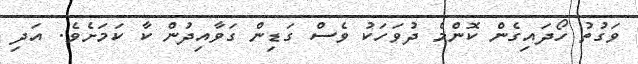
ވަގުތު ހޯދައިގެން ކޮންމެ ދުވަހަކު ވެސް ގަޑިން ގަވާއިދުން ކާ ކަމަށެވެ. އަދި